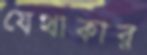
যেথাকার